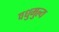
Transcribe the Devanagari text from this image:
वधुमुल्य